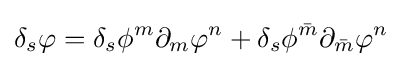
\delta _{s}\varphi =\delta _{s}\phi ^{m}\partial _{m}\varphi ^{n}+\delta _{s}\phi ^{\bar {m}}\partial _{\bar {m}}\varphi ^{n}